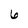
Character: 6